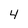
Character: 4